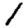
Digit: 1